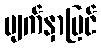
မျက်နှာပြင်